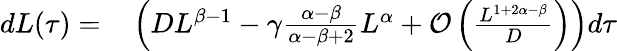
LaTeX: \begin{array}{rl}{dL(\tau)=}&{{}\left(DL^{\beta-1}-\gamma\frac{\alpha-\beta}{\alpha-\beta+2}L^{\alpha}+\mathcal{O}\left(\frac{L^{1+2\alpha-\beta}}{D}\right)\right)d\tau}\end{array}